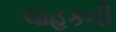
ચાહકની